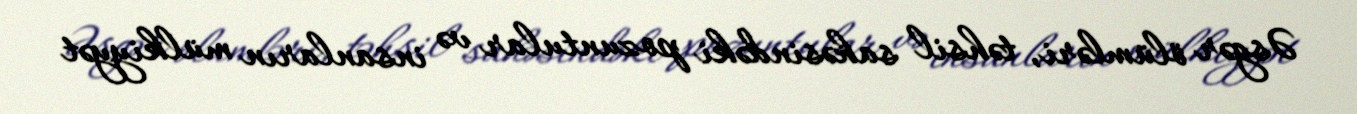
Əsgər ölümləri, təhsil sahəsindəki pozuntular və insanların mülkiyyət